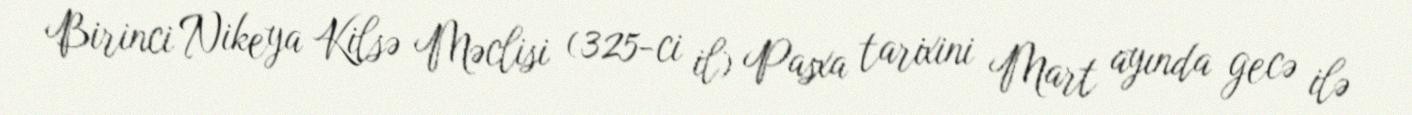
Birinci Nikeya Kilsə Məclisi (325-ci il) Pasxa tarixini Mart ayında gecə ilə